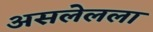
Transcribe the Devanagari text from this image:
असलेलला